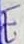
Text: E